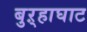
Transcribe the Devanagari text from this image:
बुऱ्हाघाट